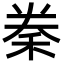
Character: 䅈